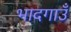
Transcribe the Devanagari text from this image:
भादगाउँ